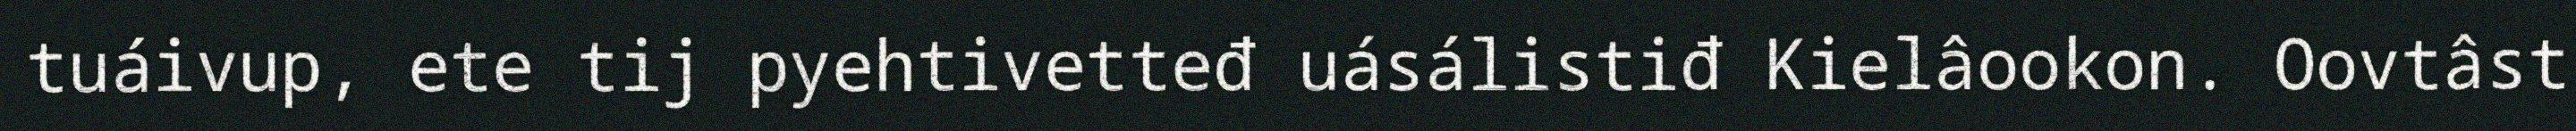
tuáivup, ete tij pyehtivetteđ uásálistiđ Kielâookon. Oovtâst